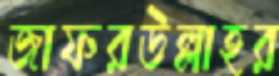
জাফরউল্লাহর